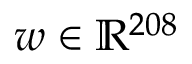
\boldsymbol w \in \mathbb { R } ^ { 2 0 8 }